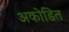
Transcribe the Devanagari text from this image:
अकोडित